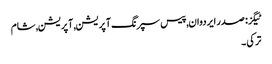
ٹیگز: صدر ایردوان , پیس سپرنگ آپریشن , آپریشن , شام
ترکی ۔